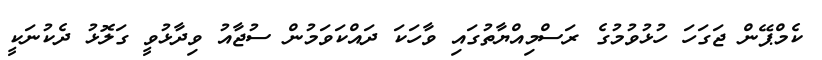
ކެމްޕޭން ޖަގަހަ ހުޅުވުމުގެ ރަސްމިއްޔާތުގައި ވާހަކަ ދައްކަވަމުން ސުޖާއު ވިދާޅުވީ ގަލޮޅު ދެކުނަކީ